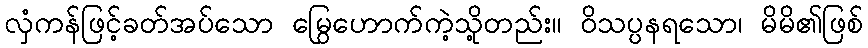
လှံကန်ဖြင့်ခတ်အပ်သော မြွေဟောက်ကဲ့သို့တည်း။ ဝိသပ္ပနရသော၊ မိမိ၏ဖြစ်